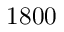
1 8 0 0